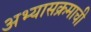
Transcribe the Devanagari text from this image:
अभ्‍यासक्रमाची